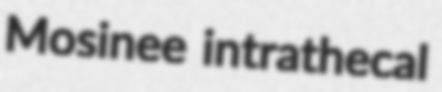
Mosinee intrathecal